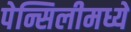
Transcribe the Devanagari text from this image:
पेन्सिलीमध्ये